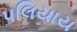
પલિયાય